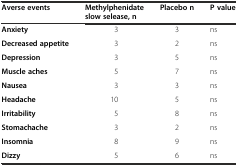
<table><thead><tr><td><b>Averse events</b></td><td><b>Methylphenidate slow selease, n</b></td><td><b>Placebo n</b></td><td><b>P value</b></td></tr></thead><tbody><tr><td><b>Anxiety</b></td><td>3</td><td>3</td><td>ns</td></tr><tr><td><b>Decreased appetite</b></td><td>3</td><td>2</td><td>ns</td></tr><tr><td><b>Depression</b></td><td>3</td><td>5</td><td>ns</td></tr><tr><td><b>Muscle aches</b></td><td>5</td><td>7</td><td>ns</td></tr><tr><td><b>Nausea</b></td><td>3</td><td>3</td><td>ns</td></tr><tr><td><b>Headache</b></td><td>10</td><td>5</td><td>ns</td></tr><tr><td><b>Irritability</b></td><td>5</td><td>8</td><td>ns</td></tr><tr><td><b>Stomachache</b></td><td>3</td><td>2</td><td>ns</td></tr><tr><td><b>Insomnia</b></td><td>8</td><td>9</td><td>ns</td></tr><tr><td><b>Dizzy</b></td><td>5</td><td>6</td><td>ns</td></tr></tbody></table>